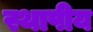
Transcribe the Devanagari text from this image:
स्थापीय